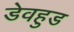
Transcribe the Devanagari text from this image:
डेवहुड